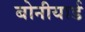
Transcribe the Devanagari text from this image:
बोनीयार्ड